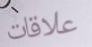
علاقات